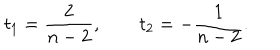
t _ { 1 } = { \frac { 2 } { n - 2 } } , \qquad t _ { 2 } = - { \frac { 1 } { n - 2 } } .